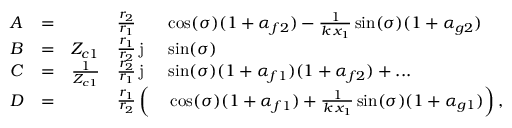
\begin{array} { l c l l l } { A } & { = } & { } & { \frac { r _ { 2 } } { r _ { 1 } } } & { \cos ( \sigma ) ( 1 + \alpha _ { f 2 } ) - \frac { 1 } { k \, x _ { 1 } } \sin ( \sigma ) ( 1 + \alpha _ { g 2 } ) } \\ { B } & { = } & { Z _ { c 1 } } & { \frac { r _ { 1 } } { r _ { 2 } } \, \mathrm { j } } & { \sin ( \sigma ) } \\ { C } & { = } & { \frac { 1 } { Z _ { c 1 } } } & { \frac { r _ { 2 } } { r _ { 1 } } \, \mathrm { j } } & { \sin ( \sigma ) ( 1 + \alpha _ { f 1 } ) ( 1 + \alpha _ { f 2 } ) + . . . } \\ { D } & { = } & { } & { \frac { r _ { 1 } } { r _ { 2 } } \left( \vphantom { \frac { 1 } { k \, x _ { 1 } } } \right. } & { \left. \cos ( \sigma ) ( 1 + \alpha _ { f 1 } ) + \frac { 1 } { k \, x _ { 1 } } \sin ( \sigma ) ( 1 + \alpha _ { g 1 } ) \right) , } \end{array}